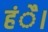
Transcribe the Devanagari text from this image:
हंै।